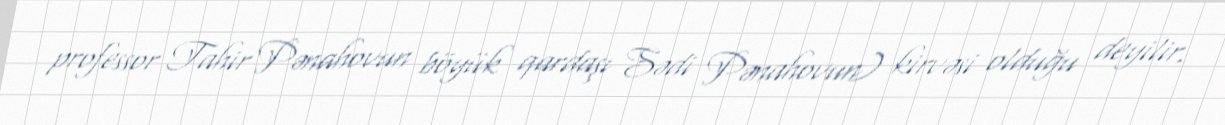
professor Tahir Pənahovun böyük qardaşı Sədi Pənahovun) kirvəsi olduğu deyilir.